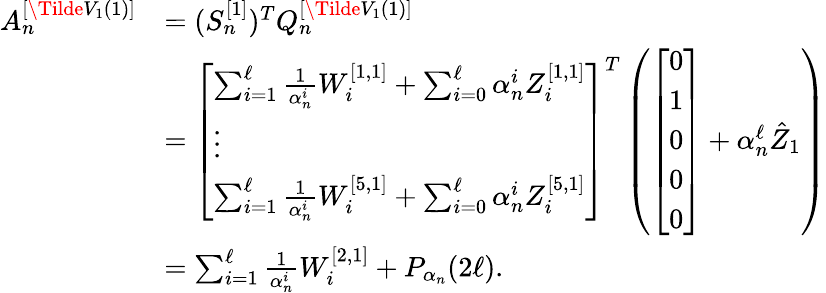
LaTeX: \begin{array}{rl}{A_{n}^{[\Tilde{V}_{1}(1)]}}&{=(S_{n}^{[1]})^{T}Q_{n}^{[\Tilde{V}_{1}(1)]}}\\ &{=\left[\begin{array}{l}{\sum_{i=1}^{\ell}\frac{1}{\alpha_{n}^{i}}W_{i}^{[1,1]}+\sum_{i=0}^{\ell}\alpha_{n}^{i}Z_{i}^{[1,1]}}\\ {\vdots}\\ {\sum_{i=1}^{\ell}\frac{1}{\alpha_{n}^{i}}W_{i}^{[5,1]}+\sum_{i=0}^{\ell}\alpha_{n}^{i}Z_{i}^{[5,1]}}\end{array}\right]^{T}\left(\left[\begin{array}{l}{0}\\ {1}\\ {0}\\ {0}\\ {0}\end{array}\right]+\alpha_{n}^{\ell}\hat{Z}_{1}\right)}\\ &{=\sum_{i=1}^{\ell}\frac{1}{\alpha_{n}^{i}}W_{i}^{[2,1]}+P_{\alpha_{n}}(2\ell).}\end{array}